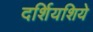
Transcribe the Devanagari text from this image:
दर्शियशिये